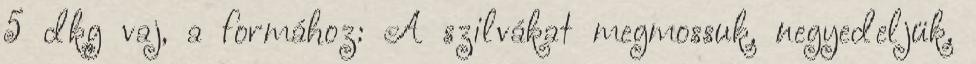
5 dkg vaj, a formához: A szilvákat megmossuk, negyedeljük,